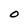
Character: O